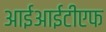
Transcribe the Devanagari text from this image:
आईआईटीएफ